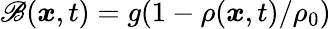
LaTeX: \mathscr{B}(\boldsymbol{x},t)=g(1-\rho(\boldsymbol{x},t)/\rho_{0})